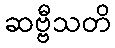
ဆဗ္ဗီသတိ